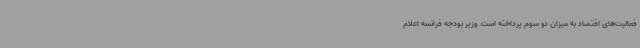
فعالیت‌های اقتصاد به میزان دو سوم پرداخته است. وزیر بودجه فرانسه اعلام